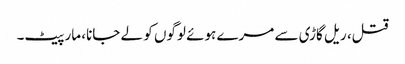
قتل، ریل گاڑی سے مرے ہوئے لوگوں کو لے جانا، مار پیٹ۔